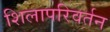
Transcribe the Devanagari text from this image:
शिलापरिवर्तन